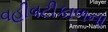
વહીવટીકાળના